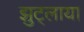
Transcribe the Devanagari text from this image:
झुट्लाया